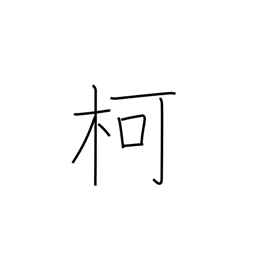
Meaning: handle